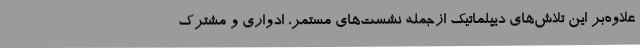
علاوه‌بر این تلاش‌های دیپلماتیک ازجمله نشست‌های مستمر، ادواری و مشترک